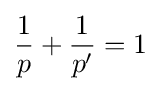
{\frac {1}{p}}+{\frac {1}{p'}}=1